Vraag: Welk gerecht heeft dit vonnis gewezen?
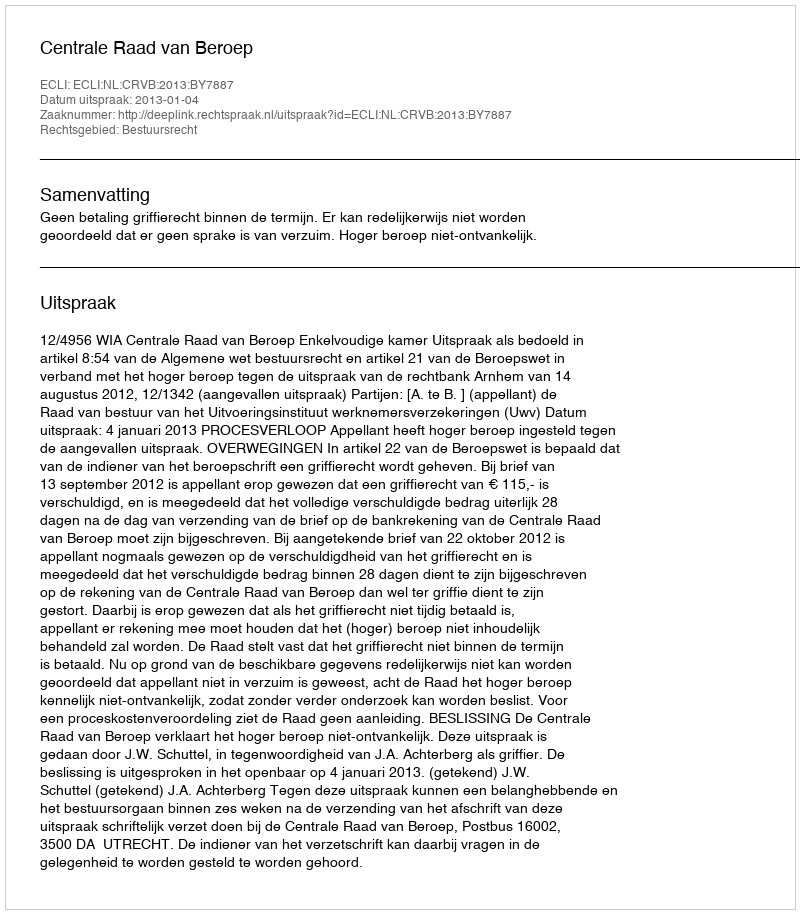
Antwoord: Centrale Raad van Beroep